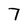
Character: 7